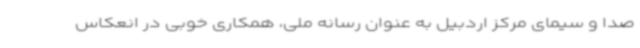
صدا و سیمای مرکز اردبیل به عنوان رسانه ملی، همکاری خوبی در انعکاس